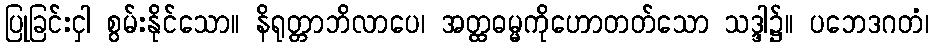
ပြုခြင်းငှါ စွမ်းနိုင်သော။ နိရုတ္တာဘိလာပေ၊ အတ္ထဓမ္မကိုဟောတတ်သော သဒ္ဒါ၌။ ပဘေဒဂတံ၊